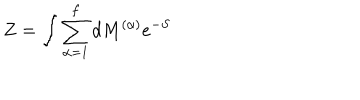
Z = \int \sum _ { \alpha = 1 } ^ { f } d M ^ { ( \alpha ) } e ^ { - S }